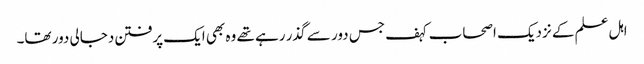
اہل علم کے نزدیک اصحاب کہف جس دور سے گذر رہے تھے وہ بھی ایک پرفتن دجالی دور تھا۔